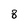
Character: 8